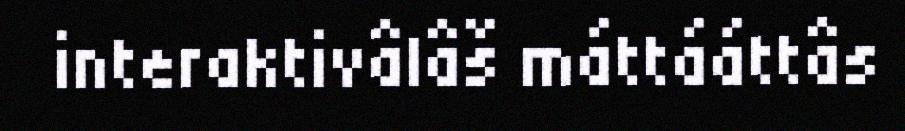
interaktivâlâš máttááttâs